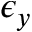
\epsilon _ { y }